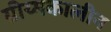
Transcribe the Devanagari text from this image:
ग्रीय्मकालीन